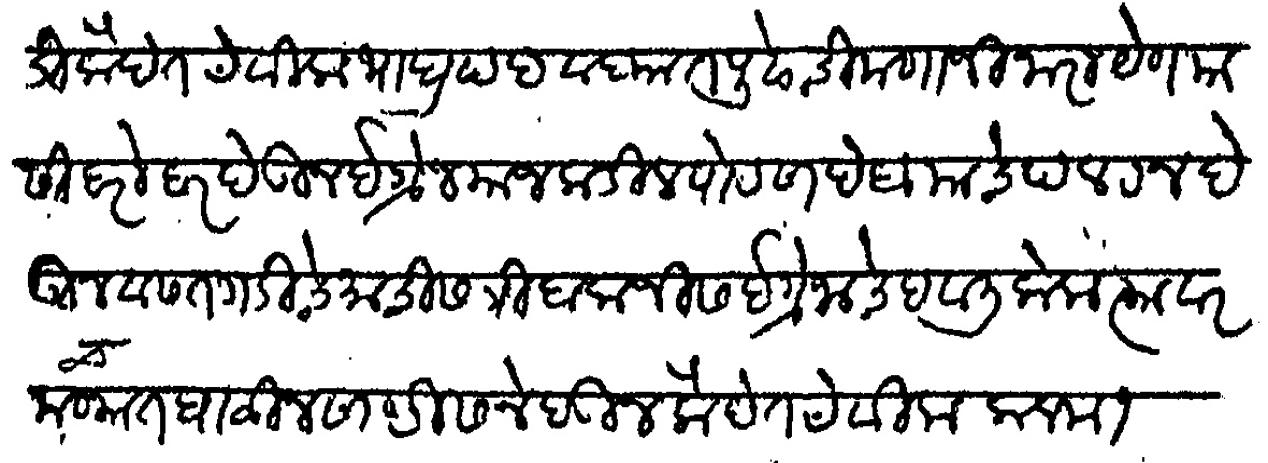
Transliteration (Devanagari): वसंतगडी कैदेत ठेवीला भाद्रपद वदयात पुढे चिमणाजी नारायेण यासी बरोबर देऊन इंग्रज याजकडील पोट साहेब याचे पलटन देऊन वसंतगडी चे माचीस त्रिंबकजीस इंग्रजाचे हवाली केला त्यावर मचव्यात घाळीन साष्टीस नेहऊन कैदेत ठेवीला कलम १